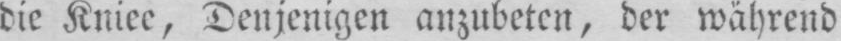
die Kniee, Denjenigen anzubeten, der während